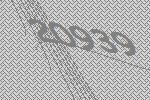
20939